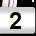
Digit: 2